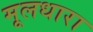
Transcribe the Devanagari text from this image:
मूलधारा